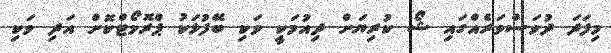
މިފަދަ ދުވަސްވަރެއްގައި ޝޯ ކުރިޔަށް ދިއުމަކީ ވަކި ބޭފުޅަކު ޕްރޮމޯޓްކޮށް އަދި ވަކި